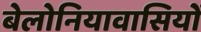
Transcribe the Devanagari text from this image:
बेलोनियावासियों